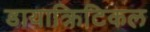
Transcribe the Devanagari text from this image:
डायाक्रिटिकल